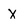
Character: X